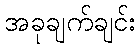
အခုချက်ချင်း